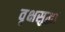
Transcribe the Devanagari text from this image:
वृक्षसुद्धा